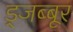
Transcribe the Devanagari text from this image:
ड्जब्बूर